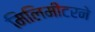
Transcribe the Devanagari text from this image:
मिलिमीटरने